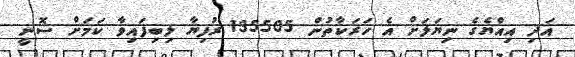
އަދި އިއްޔެގެ ނިޔަލަށް އެ ހަރަކާތުން 135505 ރުފިޔާ ލިބިފައިވާ ކަމަށް ސޮނީ